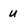
Character: U